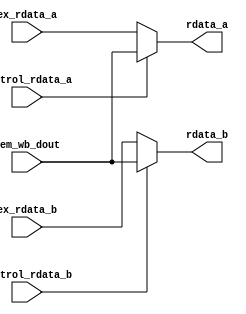
module pre_alu(
    input [31:0] ex_rdata_a,
    input [31:0] ex_rdata_b,
    input [31:0] mem_wb_dout,
    input control_rdata_a,
    input control_rdata_b,
    output wire [31:0] rdata_a,
    output wire [31:0] rdata_b
);

assign rdata_a = (control_rdata_a == 1'b1)?mem_wb_dout:ex_rdata_a;
assign rdata_b = (control_rdata_b == 1'b1)?mem_wb_dout:ex_rdata_b;

endmodule